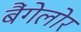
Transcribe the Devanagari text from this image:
बैंगेलोर